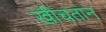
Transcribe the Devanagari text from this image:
खीचतान